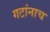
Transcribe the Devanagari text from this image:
गटांनाच